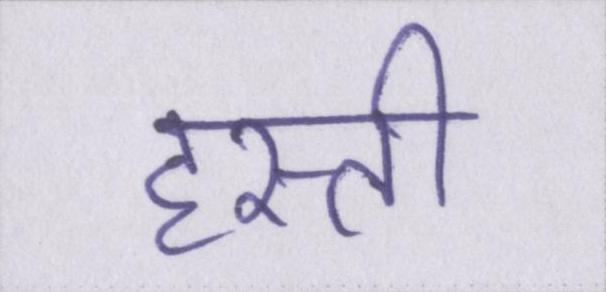
हस्ती